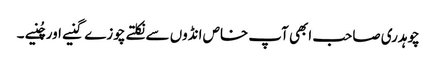
چوہدری صاحب ابھی آپ خاص انڈوں سے نکلتے چوزے گنیے اور چُنیے ۔